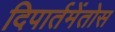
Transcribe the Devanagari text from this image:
दिपार्तमेंतोस